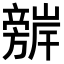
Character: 𭥈